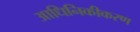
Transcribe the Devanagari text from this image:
आधिनिकीकरण